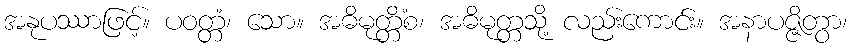
အနုပဿာဖြင့်။ ပဝတ္တံ၊ သော။ အဓိမုတ္တိံစ၊ အဓိမုတ္တသို့ လည်းကောင်း။ အနာပဇ္ဇိတွာ၊